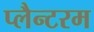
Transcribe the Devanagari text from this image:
प्लैन्टरम